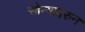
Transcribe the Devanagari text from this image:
सोन्यावरुन